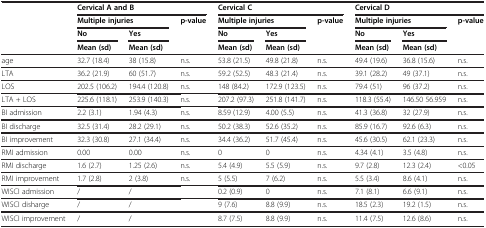
<table><thead><tr><td><b> </b></td><td colspan="3"><b>Cervical A and B</b></td><td colspan="3"><b>Cervical C</b></td><td colspan="3"><b>Cervical D</b></td></tr><tr><td><b> </b></td><td colspan="2"><b>Multiple injuries</b></td><td><b>p-value</b></td><td colspan="2"><b>Multiple injuries</b></td><td><b>p-value</b></td><td colspan="2"><b>Multiple injuries</b></td><td><b>p-value</b></td></tr><tr><td><b> </b></td><td><b>No</b></td><td><b>Yes</b></td><td><b> </b></td><td><b>No</b></td><td><b>Yes</b></td><td><b> </b></td><td><b>No</b></td><td><b>Yes</b></td><td><b> </b></td></tr><tr><td><b> </b></td><td><b>Mean (sd)</b></td><td><b>Mean (sd)</b></td><td><b> </b></td><td><b>Mean (sd)</b></td><td><b>Mean (sd)</b></td><td><b> </b></td><td><b>Mean (sd)</b></td><td><b>Mean (sd)</b></td><td><b> </b></td></tr></thead><tbody><tr><td>age</td><td>32.7 (18.4)</td><td>38 (15.8)</td><td>n.s.</td><td>53.8 (21.5)</td><td>49.8 (21.8)</td><td>n.s.</td><td>49.4 (19.6)</td><td>36.8 (15.6)</td><td>n.s.</td></tr><tr><td>LTA</td><td>36.2 (21.9)</td><td>60 (51.7)</td><td>n.s.</td><td>59.2 (52.5)</td><td>48.3 (21.4)</td><td>n.s.</td><td>39.1 (28.2)</td><td>49 (37.1)</td><td>n.s.</td></tr><tr><td>LOS</td><td>202.5 (106.2)</td><td>194.4 (120.8)</td><td>n.s.</td><td>148 (84.2)</td><td>172.9 (123.5)</td><td>n.s.</td><td>79.4 (51)</td><td>96 (37.2)</td><td>n.s.</td></tr><tr><td>LTA + LOS</td><td>225.6 (118.1)</td><td>253.9 (140.3)</td><td>n.s.</td><td>207.2 (97.3)</td><td>251.8 (141.7)</td><td>n.s.</td><td>118.3 (55.4)</td><td>146.50 56.959</td><td>n.s.</td></tr><tr><td>BI admission</td><td>2.2 (3.1)</td><td>1.94 (4.3)</td><td>n.s.</td><td>8.59 (12.9)</td><td>4.00 (5.5)</td><td>n.s.</td><td>41.3 (36.8)</td><td>32 (27.9)</td><td>n.s.</td></tr><tr><td>BI discharge</td><td>32.5 (31.4)</td><td>28.2 (29.1)</td><td>n.s.</td><td>50.2 (38.3)</td><td>52.6 (35.2)</td><td>n.s.</td><td>85.9 (16.7)</td><td>92.6 (6.3)</td><td>n.s.</td></tr><tr><td>BI improvement</td><td>32.3 (30.8)</td><td>27.1 (34.4)</td><td>n.s.</td><td>34.4 (36.2)</td><td>51.7 (45.4)</td><td>n.s.</td><td>45.6 (30.5)</td><td>62.1 (23.3)</td><td>n.s.</td></tr><tr><td>RMI admission</td><td>0.00</td><td>0.00</td><td>n.s.</td><td>0</td><td>0</td><td>n.s.</td><td>4.34 (4.1)</td><td>3.5 (4.8)</td><td>n.s.</td></tr><tr><td>RMI discharge</td><td>1.6 (2.7)</td><td>1.25 (2.6)</td><td>n.s.</td><td>5.4 (4.9)</td><td>5.5 (5.9)</td><td>n.s.</td><td>9.7 (2.8)</td><td>12.3 (2.4)</td><td>&lt;0.05</td></tr><tr><td>RMI improvement</td><td>1.7 (2.8)</td><td>2 (3.8)</td><td>n.s.</td><td>5 (5.5)</td><td>7 (6.2)</td><td>n.s.</td><td>5.5 (3.4)</td><td>8.6 (4.1)</td><td>n.s.</td></tr><tr><td>WISCI admission</td><td>/</td><td>/</td><td> </td><td>0.2 (0.9)</td><td>0</td><td>n.s.</td><td>7.1 (8.1)</td><td>6.6 (9.1)</td><td>n.s.</td></tr><tr><td>WISCI disharge</td><td>/</td><td>/</td><td> </td><td>9 (7.6)</td><td>8.8 (9.9)</td><td>n.s.</td><td>18.5 (2.3)</td><td>19.2 (1.5)</td><td>n.s.</td></tr><tr><td>WISCI improvement</td><td>/</td><td>/</td><td> </td><td>8.7 (7.5)</td><td>8.8 (9.9)</td><td>n.s.</td><td>11.4 (7.5)</td><td>12.6 (8.6)</td><td>n.s.</td></tr></tbody></table>